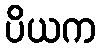
ပိယက